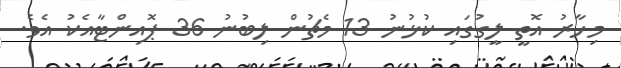
މިހާރު އޮތީ ލީގުގައި ކުޅުނު 13 މެޗުން ލިބުނު 36 ޕޮއިންޓާއެކު އެވެ.